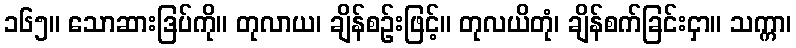
၁၆၅။ သောဆားဒြပ်ကို။ တုလာယ၊ ချိန်စဉ်းဖြင့်။ တုလယိတုံ၊ ချိန်စက်ခြင်းငှာ။ သက္ကာ၊